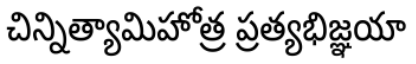
చిన్నిత్యామిహోత్ర ప్రత్యభిజ్ఞయా